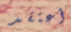
أعتقد